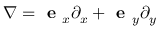
\nabla = \textbf { e } _ { x } \partial _ { x } + \textbf { e } _ { y } \partial _ { y }